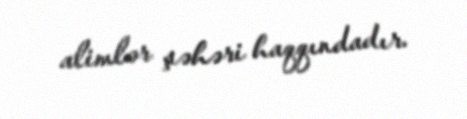
alimlər şəhəri haqqındadır.